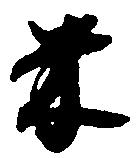
米